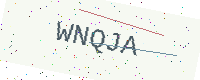
Text: WNQJA